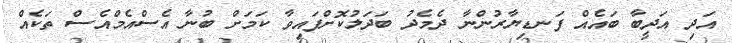
އަދި އަދީބާ ބައެއް ފަނޑިޔާރުންނާ ދެމެދު ބަދަލުކޮށްފައިވާ ކަމަށް ބުނާ އެސްއެމްއެސް ތަކެއް